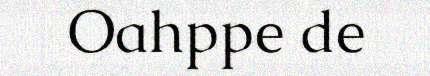
Oahppe de